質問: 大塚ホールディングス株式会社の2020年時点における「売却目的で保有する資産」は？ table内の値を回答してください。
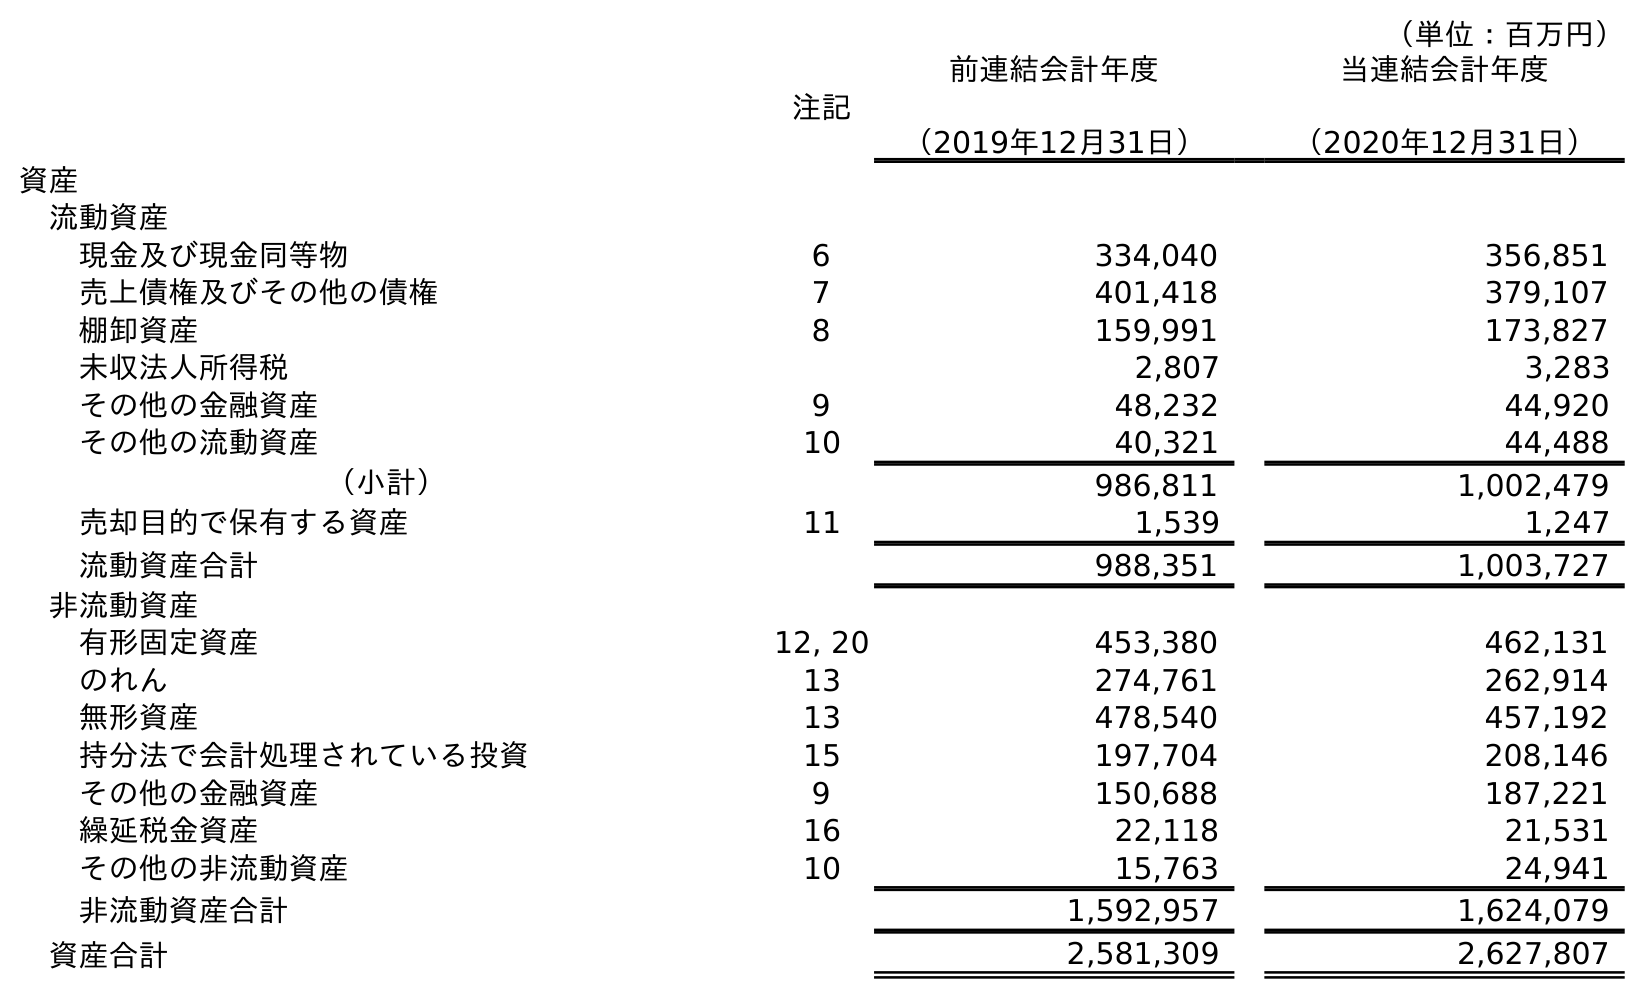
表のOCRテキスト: （単位：百万円） 注記 前連結会計年度 （2019年12月31日） 当連結会計年度 （2020年12月31日） 資産 流動資産 現金及び現金同等物 6 334,040 356,851 売上債権及びその他の債権 7 401,418 379,107 棚卸資産 8 159,991 173,827 未収法人所得税 2,807 3,283 その他の金融資産 9 48,232 44,920 その他の流動資産 10 40,321 44,488 （小計） 986,811 1,002,479 売却目的で保有する資産 11 1,539 1,247 流動資産合計 988,351 1,003,727 非流動資産 有形固定資産 12, 20 453,380 462,131 のれん 13 274,761 262,914 無形資産 13 478,540 457,192 持分法で会計処理されている投資 15 197,704 208,146 その他の金融資産 9 150,688 187,221 繰延税金資産 16 22,118 21,531 その他の非流動資産 10 15,763 24,941 非流動資産合計 1,592,957 1,624,079 資産合計 2,581,309 2,627,807
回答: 1,247